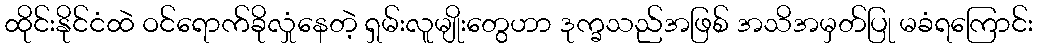
ထိုင်းနိုင်ငံထဲ ဝင်ရောက်ခိုလှုံနေတဲ့ ရှမ်းလူမျိုးတွေဟာ ဒုက္ခသည်အဖြစ် အသိအမှတ်ပြု မခံရကြောင်း